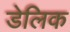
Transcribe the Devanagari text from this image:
डेलिक